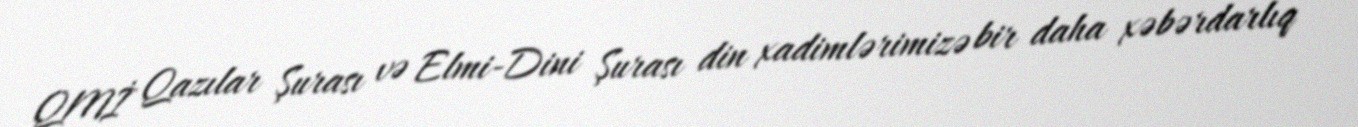
QMİ Qazılar Şurası və Elmi-Dini Şurası din xadimlərimizə bir daha xəbərdarlıq